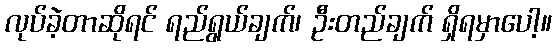
လုပ်ခဲ့တာဆိုရင် ရည်ရွယ်ချက်၊ ဦးတည်ချက် ရှိရမှာပေါ့။